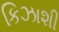
કિઝાશી